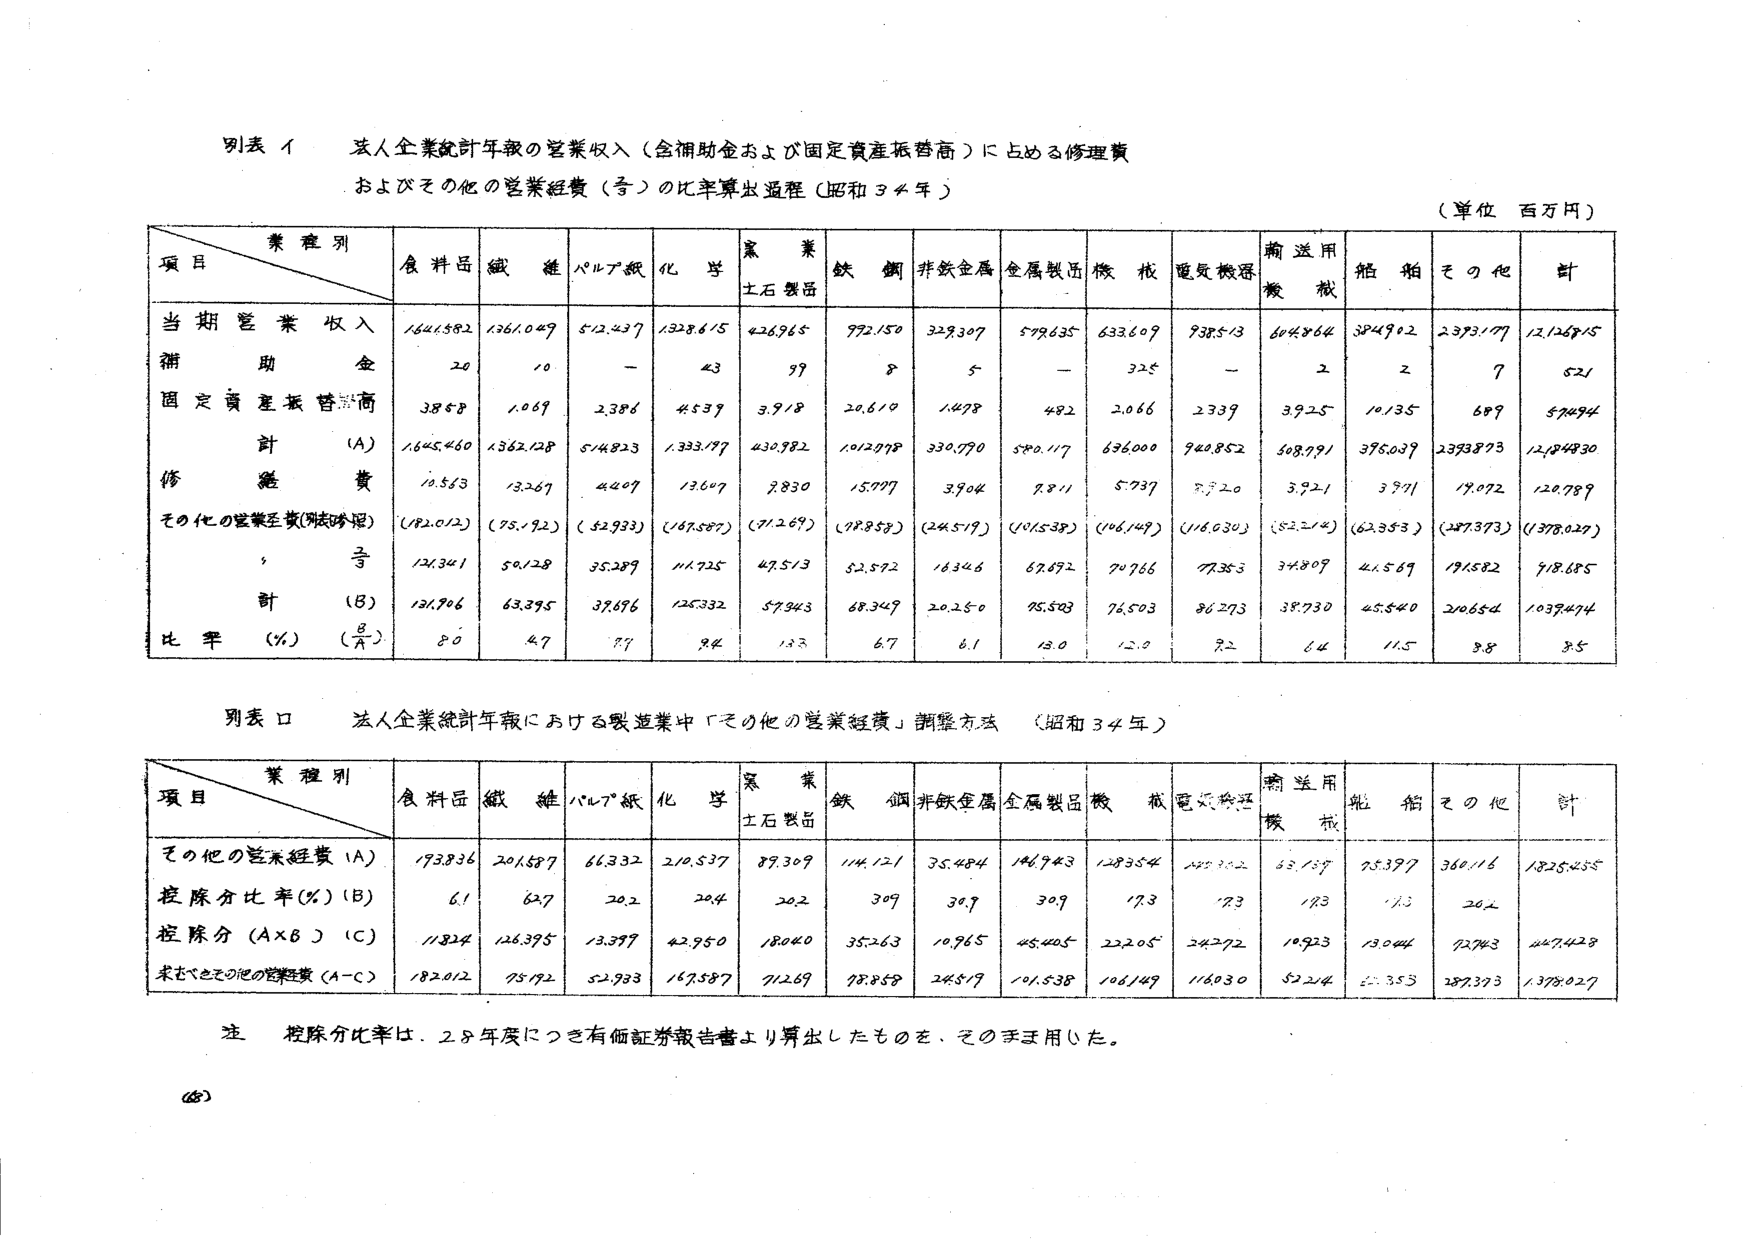
別表 イ 法人企業統計年報の営業収入（含補助金および固定資産振替高）に占める修理費
およびその他の営業経費（等）の比率算出過程（昭和34年）
（単位 百万円）

項目＼業種別 | 食料品 | 繊維 | パルプ紙 | 化学 | 黒業土石製品 | 鉄鋼 | 非鉄金属 | 金属製品 | 機械 | 電気機器 | 輸送用機械 | 船舶 | その他 | 計
--- | --- | --- | --- | --- | --- | --- | --- | --- | --- | --- | --- | --- | --- | ---
当期営業収入 | 1641582 | 1361049 | 512437 | 1328615 | 426965 | 992150 | 329307 | 579635 | 633609 | 938513 | 604864 | 384902 | 2393177 | 12126915
補助金 | 20 | 10 | - | 43 | 99 | 8 | 5 | - | 325 | - | 2 | 2 | 7 | 521
固定資産振替高 | 3858 | 1069 | 2386 | 4539 | 3918 | 20610 | 1498 | 482 | 2066 | 2339 | 3925 | 10135 | 689 | 57494
計 (A) | 1645460 | 1362128 | 514823 | 1333177 | 430982 | 1012778 | 330770 | 580117 | 636000 | 940852 | 608791 | 395039 | 2393873 | 12184830
修理費 | 10563 | 13267 | 4207 | 13607 | 9830 | 15077 | 3904 | 9811 | 5737 | 9720 | 3921 | 3971 | 19072 | 120789
その他の営業経費（除吟照） | (182012) | (75192) | (52933) | (167587) | (71269) | (98858) | (24517) | (101538) | (106149) | (116030) | (52214) | (62353) | (287373) | (1378027)
等 | 121311 | 50128 | 35289 | 111725 | 47513 | 52572 | 16346 | 67692 | 70766 | 77353 | 31809 | 41569 | 191582 | 918685
計 (B) | 131706 | 63395 | 37696 | 125332 | 57343 | 68349 | 20250 | 75503 | 76503 | 86273 | 35730 | 45540 | 210654 | 1039474
比率 (%) (B/A) | 8.0 | 4.7 | 7.7 | 9.4 | 13.3 | 6.7 | 6.1 | 13.0 | 12.0 | 9.2 | 6.4 | 11.5 | 9.8 | 8.5

別表 ロ 法人企業統計年報における製造業中「その他の営業経費」調整方法（昭和34年）

項目＼業種別 | 食料品 | 繊維 | パルプ紙 | 化学 | 黒業土石製品 | 鉄鋼 | 非鉄金属 | 金属製品 | 機械 | 電気機器 | 輸送用機械 | 船舶 | その他 | 計
--- | --- | --- | --- | --- | --- | --- | --- | --- | --- | --- | --- | --- | --- | ---
その他の営業経費 (A) | 173836 | 201537 | 66332 | 210537 | 89309 | 114121 | 35484 | 146943 | 128354 | 255352 | 53139 | 75397 | 360116 | 1825455
控除分比率(%) (B) | 61 | 62.7 | 20.2 | 20.4 | 20.2 | 309 | 30.9 | 30.9 | 17.3 | 17.3 | 19.3 | 11.3 | 20.2 |
控除分 (A×B) (C) | 113214 | 126395 | 13397 | 42950 | 18040 | 35263 | 10965 | 45405 | 22205 | 24272 | 10923 | 13044 | 72743 | 447428
求むべきその他の営業経費 (A-C) | 182012 | 75192 | 52933 | 167587 | 71269 | 98858 | 24517 | 101538 | 106149 | 116030 | 52214 | 62353 | 287373 | 1378027

注 控除分比率は、28年度につき有価証券報告書より算出したものを、そのまま用いた。
(68)